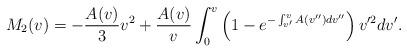
LaTeX: \begin{align*} M_{2}(v)=-\frac{A(v)}{3}v^2+\frac{A(v)}{v}\int_0^v\left(1-e^{-\int_{v'}^vA(v'')dv''}\right)v'^2dv'.\end{align*}